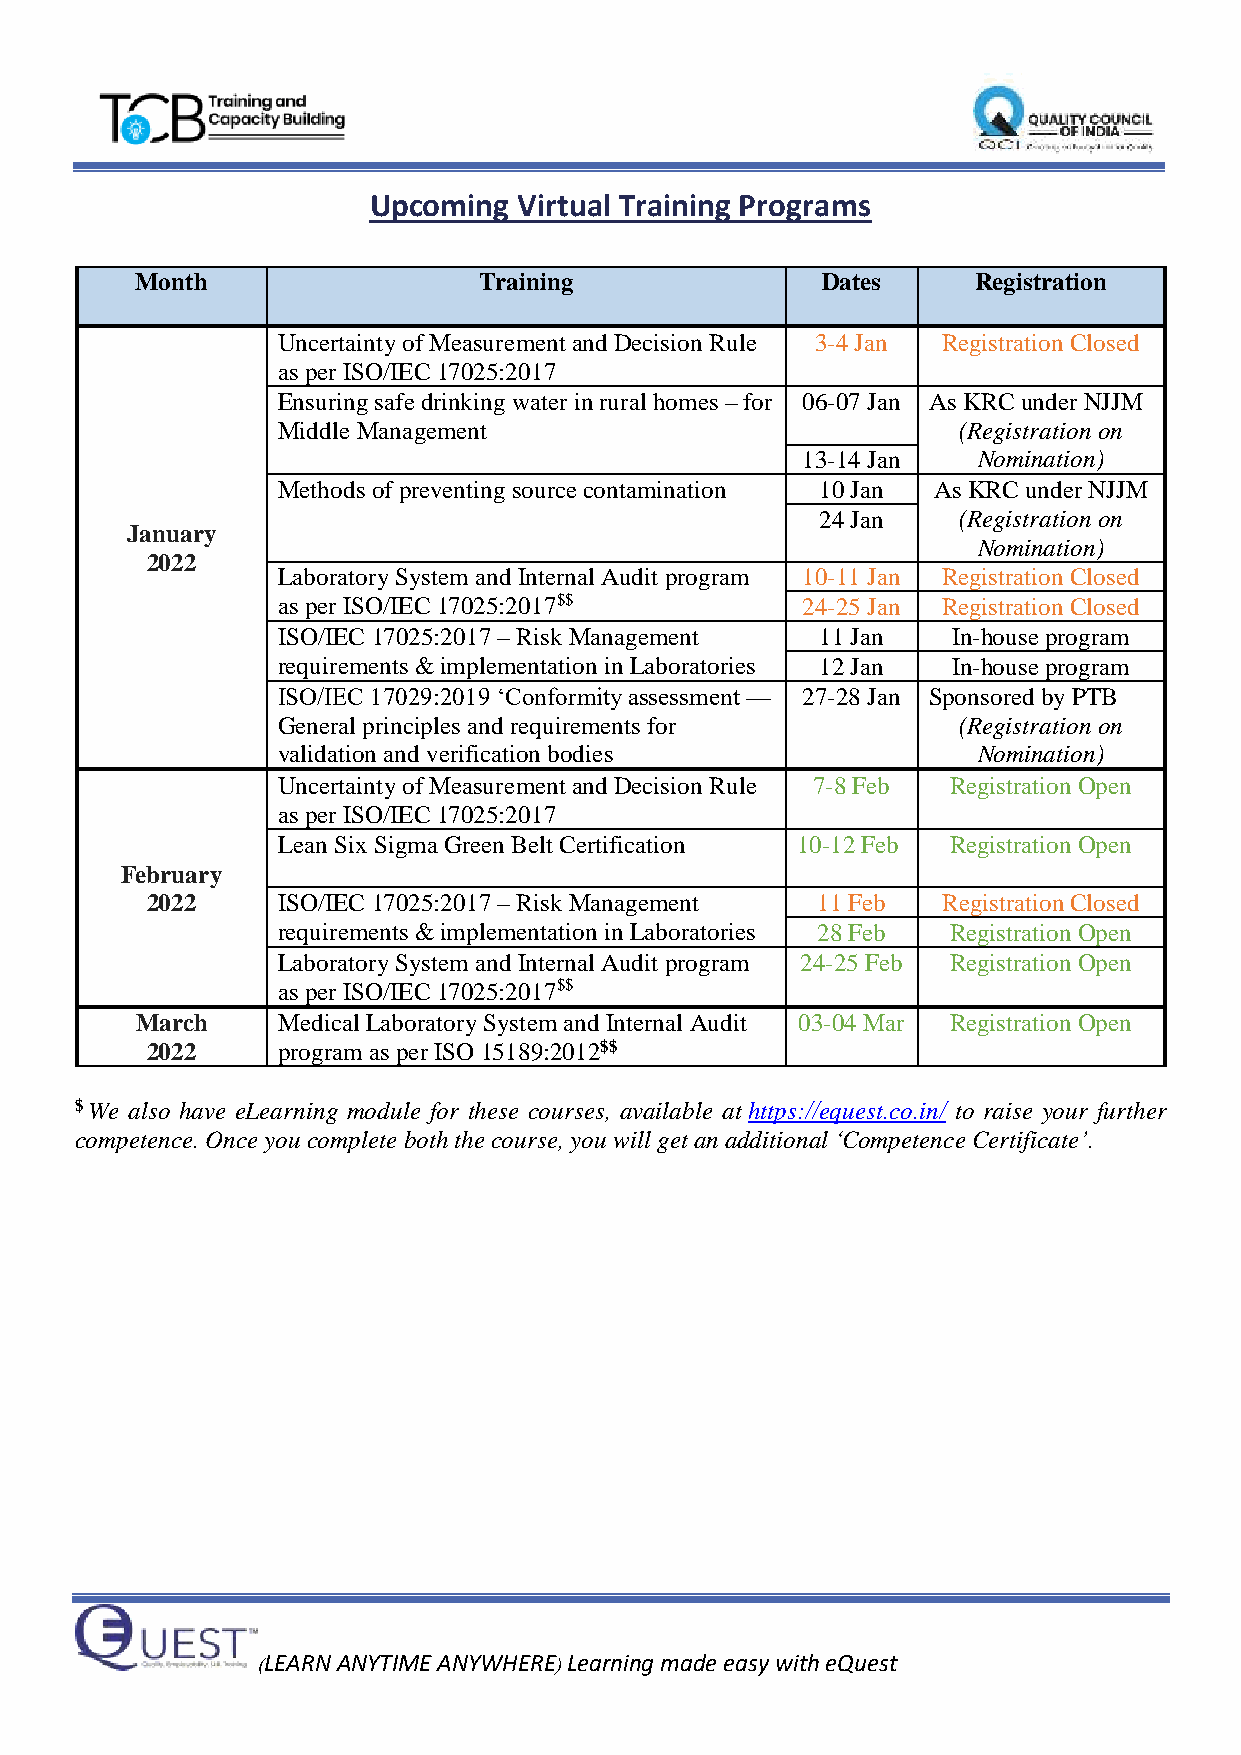
Upcoming  Virtual Training Programs
 Month                  Training              Dates     Registration
 Uncertainty of Measurement and Decision Rule 3-4 Jan Registration Closed
 as per ISO/IEC 17025:2017
 Ensuring safe drinking water in rural homes – for 06-07 Jan As KRC under NJJM
 Middle Management                            (Registration on
 13-14 Jan   Nomination)
 Methods of preventing source contamination 10 Jan As KRC under NJJM
 24 Jan   (Registration on
 January
 Nomination)
 2022
 Laboratory System and Internal Audit program 10-11 Jan Registration Closed
 as per ISO/IEC 17025:2017$$        24-25 Jan Registration Closed
 ISO/IEC 17025:2017 – Risk Management 11 Jan  In-house program
 requirements & implementation in Laboratories 12 Jan In-house program
 ISO/IEC 17029:2019 ‘Conformity assessment — 27-28 Jan Sponsored by PTB
 General principles and requirements for      (Registration on
 validation and verification bodies             Nomination)
 Uncertainty of Measurement and Decision Rule 7-8 Feb Registration Open
 as per ISO/IEC 17025:2017
 Lean Six Sigma Green Belt Certification 10-12 Feb Registration Open
 February
 2022    ISO/IEC 17025:2017 – Risk Management 11 Feb Registration Closed
 requirements & implementation in Laboratories 28 Feb Registration Open
 Laboratory System and Internal Audit program 24-25 Feb Registration Open
 as per ISO/IEC 17025:2017$$
 March    Medical Laboratory System and Internal Audit 03-04 Mar Registration Open
 2022    program as per ISO 15189:2012$$
 $ We also have eLearning module for these courses, available at https://equest.co.in/ to raise your further
 competence. Once you complete both the course, you will get an additional ‘Competence Certificate’.
 (LEARN ANYTIME ANYWHERE) Learning made easy with eQuest